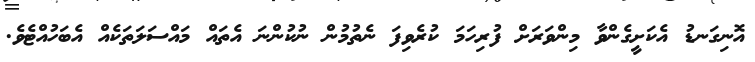
އޮނިގަނޑު އެކަށީގެންވާ މިންވަރަށް ފުރިހަމަ ކުރެވިފަ ނެތުމުން ނުކުންނަ އެތައް މައްސަލަތަކެއް އެބަހުއްޓެވެ.